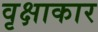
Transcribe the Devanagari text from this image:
वृक्षाकार